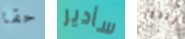
حقا سأدير أتتذكر